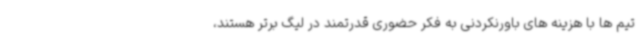
تیم ها با هزینه های باورنکردنی به فکر حضوری قدرتمند در لیگ برتر هستند،